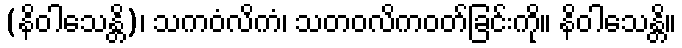
(နိဝါသေန္တိ)၊ သကဝံလိကံ၊ သတဝလိကဝတ်ခြင်းကို။ နိဝါသေန္တိ။